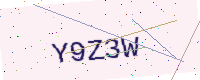
Text: Y9Z3W